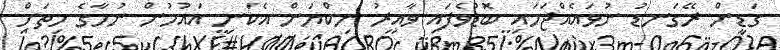
ގަޑިން ރޭގަނޑު ނުވައެއްޖަހައި ބޮޑުވެފައި ވާއިރު ނިކްޔަން އެކަނި އައުމުން ނުހާގެ ހިތަށް